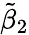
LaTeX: \tilde{\beta}_{2}